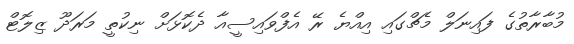
މުބާރާތުގެ ފައިނަލް މެޗްގައި އިއްޔެ ރޭ އެފްވައިސީއާ ދެކޮޅަށް ނިކުތީ މަރަދޫ ޒިލޮޓް